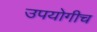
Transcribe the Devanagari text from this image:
उपयोगीच